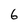
Character: 6